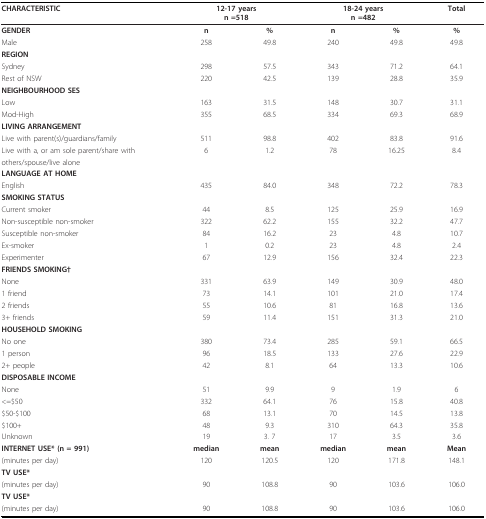
<table><thead><tr><td><b>CHARACTERISTIC</b></td><td colspan="2"><b>12-17 yearsn =518</b></td><td colspan="2"><b>18-24 yearsn =482</b></td><td><b>Total</b></td></tr></thead><tbody><tr><td><b>GENDER</b></td><td><b>n</b></td><td><b>%</b></td><td><b>n</b></td><td><b>%</b></td><td><b>%</b></td></tr><tr><td>Male</td><td>258</td><td>49.8</td><td>240</td><td>49.8</td><td>49.8</td></tr><tr><td><b>REGION</b></td><td></td><td></td><td></td><td></td><td></td></tr><tr><td>Sydney</td><td>298</td><td>57.5</td><td>343</td><td>71.2</td><td>64.1</td></tr><tr><td>Rest of NSW</td><td>220</td><td>42.5</td><td>139</td><td>28.8</td><td>35.9</td></tr><tr><td><b>NEIGHBOURHOOD SES</b></td><td></td><td></td><td></td><td></td><td></td></tr><tr><td>Low</td><td>163</td><td>31.5</td><td>148</td><td>30.7</td><td>31.1</td></tr><tr><td>Mod-High</td><td>355</td><td>68.5</td><td>334</td><td>69.3</td><td>68.9</td></tr><tr><td><b>LIVING ARRANGEMENT</b></td><td></td><td></td><td></td><td></td><td></td></tr><tr><td>Live with parent(s)/guardians/family</td><td>511</td><td>98.8</td><td>402</td><td>83.8</td><td>91.6</td></tr><tr><td>Live with a, or am sole parent/share with</td><td>6</td><td>1.2</td><td>78</td><td>16.25</td><td>8.4</td></tr><tr><td>others/spouse/live alone</td><td></td><td></td><td></td><td></td><td></td></tr><tr><td><b>LANGUAGE AT HOME</b></td><td></td><td></td><td></td><td></td><td></td></tr><tr><td>English</td><td>435</td><td>84.0</td><td>348</td><td>72.2</td><td>78.3</td></tr><tr><td><b>SMOKING STATUS</b></td><td></td><td></td><td></td><td></td><td></td></tr><tr><td>Current smoker</td><td>44</td><td>8.5</td><td>125</td><td>25.9</td><td>16.9</td></tr><tr><td>Non-susceptible non-smoker</td><td>322</td><td>62.2</td><td>155</td><td>32.2</td><td>47.7</td></tr><tr><td>Susceptible non-smoker</td><td>84</td><td>16.2</td><td>23</td><td>4.8</td><td>10.7</td></tr><tr><td>Ex-smoker</td><td>1</td><td>0.2</td><td>23</td><td>4.8</td><td>2.4</td></tr><tr><td>Experimenter</td><td>67</td><td>12.9</td><td>156</td><td>32.4</td><td>22.3</td></tr><tr><td><b>FRIENDS SMOKING†</b></td><td></td><td></td><td></td><td></td><td></td></tr><tr><td>None</td><td>331</td><td>63.9</td><td>149</td><td>30.9</td><td>48.0</td></tr><tr><td>1 friend</td><td>73</td><td>14.1</td><td>101</td><td>21.0</td><td>17.4</td></tr><tr><td>2 friends</td><td>55</td><td>10.6</td><td>81</td><td>16.8</td><td>13.6</td></tr><tr><td>3+ friends</td><td>59</td><td>11.4</td><td>151</td><td>31.3</td><td>21.0</td></tr><tr><td><b>HOUSEHOLD SMOKING</b></td><td></td><td></td><td></td><td></td><td></td></tr><tr><td>No one</td><td>380</td><td>73.4</td><td>285</td><td>59.1</td><td>66.5</td></tr><tr><td>1 person</td><td>96</td><td>18.5</td><td>133</td><td>27.6</td><td>22.9</td></tr><tr><td>2+ people</td><td>42</td><td>8.1</td><td>64</td><td>13.3</td><td>10.6</td></tr><tr><td><b>DISPOSABLE INCOME</b></td><td></td><td></td><td></td><td></td><td></td></tr><tr><td>None</td><td>51</td><td>9.9</td><td>9</td><td>1.9</td><td>6</td></tr><tr><td>&lt;=$50</td><td>332</td><td>64.1</td><td>76</td><td>15.8</td><td>40.8</td></tr><tr><td>$50-$100</td><td>68</td><td>13.1</td><td>70</td><td>14.5</td><td>13.8</td></tr><tr><td>$100+</td><td>48</td><td>9.3</td><td>310</td><td>64.3</td><td>35.8</td></tr><tr><td>Unknown</td><td>19</td><td>3. 7</td><td>17</td><td>3.5</td><td>3.6</td></tr><tr><td><b>INTERNET USE* (n = 991)</b></td><td><b>median</b></td><td><b>mean</b></td><td><b>median</b></td><td><b>mean</b></td><td><b>Mean</b></td></tr><tr><td>(minutes per day)</td><td>120</td><td>120.5</td><td>120</td><td>171.8</td><td>148.1</td></tr><tr><td><b>TV USE*</b></td><td></td><td></td><td></td><td></td><td></td></tr><tr><td>(minutes per day)</td><td>90</td><td>108.8</td><td>90</td><td>103.6</td><td>106.0</td></tr><tr><td><b>TV USE*</b></td><td></td><td></td><td></td><td></td><td></td></tr><tr><td>(minutes per day)</td><td>90</td><td>108.8</td><td>90</td><td>103.6</td><td>106.0</td></tr></tbody></table>